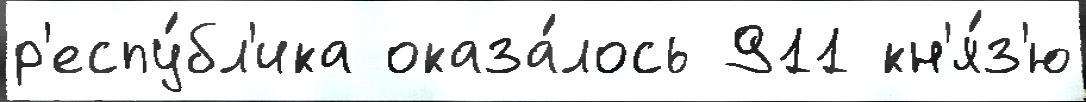
р'еспу́бл'ика оказа́лось 911 кн'я́з'ю